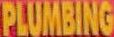
PLUMBING